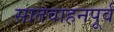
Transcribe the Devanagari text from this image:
सातवाहनपूर्व